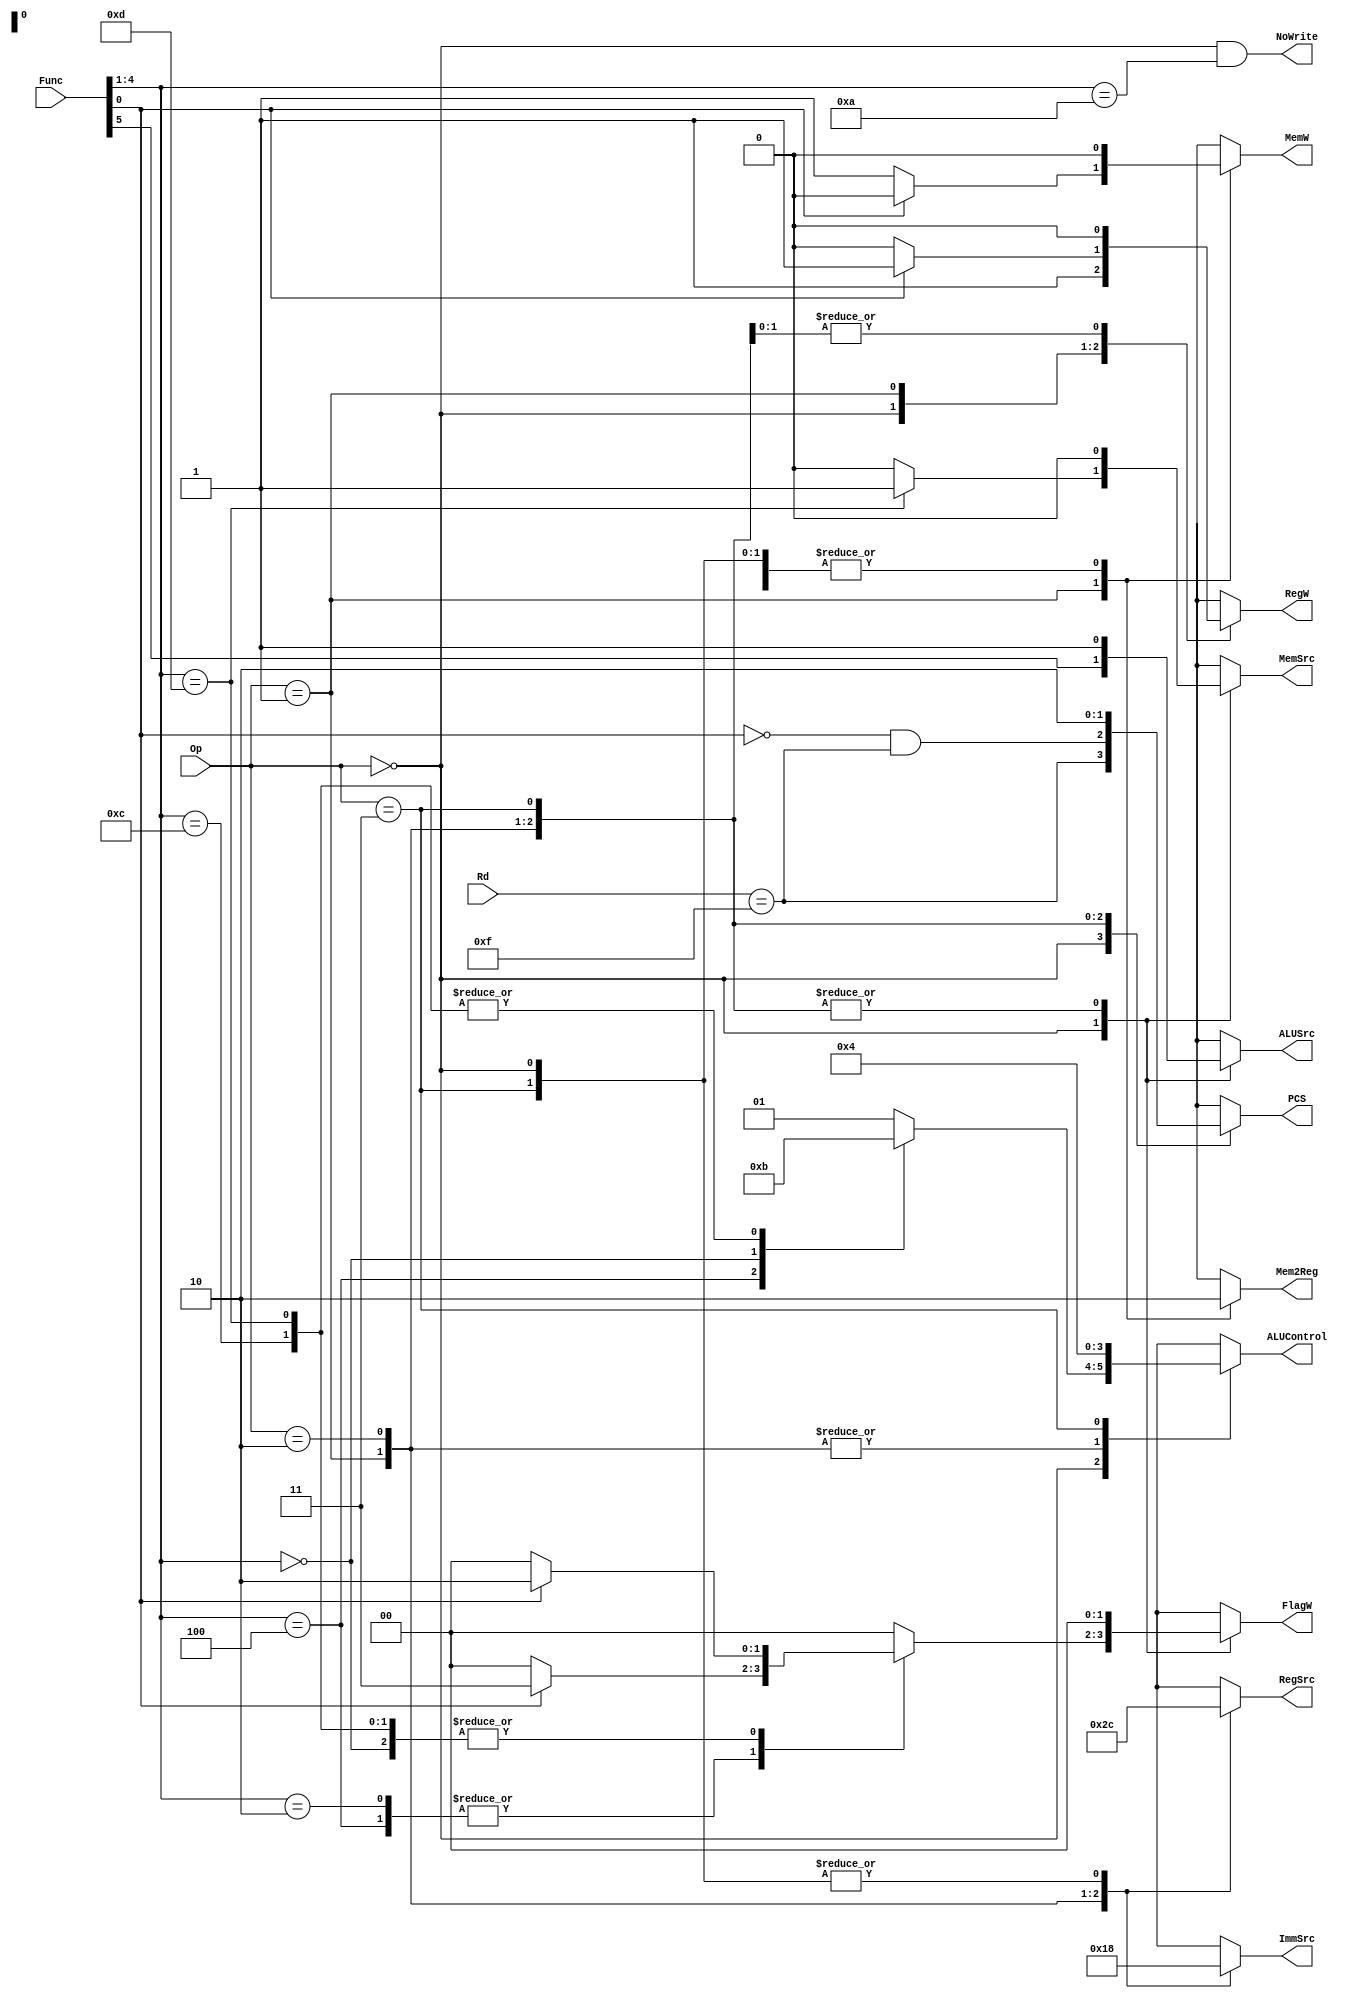
module SingleCycleDecoder (
	input 	wire [3:0] 	Rd,
	input 	wire [1:0] 	Op,
	input 	wire [5:0] 	Func,
	output 	wire 			NoWrite,
	output 	reg  			PCS,
	output 	reg  			RegW,
	output 	reg  			MemW,
	output 	reg  			Mem2Reg,
	output 	reg 			MemSrc,
	output 	reg  			ALUSrc,
	output 	reg  [1:0]	ImmSrc,
	output 	reg  [1:0]	RegSrc,
	output 	reg  [1:0]	ALUControl,
	output 	reg  [1:0]	FlagW
	
);

	assign NoWrite = (Op == 2'b00) & (Func[4:1] == 4'b1010);

	always @*
	case(Op)
		2'b00:	// DP
			begin
				PCS			= (Rd == 4'b1111);
				RegW			= 1;
				MemW			= 0;
				Mem2Reg		= 0;
				ALUSrc		= Func[5];
				ImmSrc		= 0;
				RegSrc		= 0;
				
				case(Func[4:1])
					4'b0100: // ADD
						begin
							ALUControl = 2'b00;
							MemSrc 	  = 0;
							FlagW		  = (Func[0]) ? 2'b11 : 2'b00;
						end
					4'b0010: // SUB
						begin
							ALUControl = 2'b01;
							MemSrc 	  = 0;
							FlagW		  = (Func[0]) ? 2'b11 : 2'b00;
						end
					4'b0000: // AND
						begin
							ALUControl = 2'b10;
							MemSrc 	  = 0;
							FlagW		  = (Func[0]) ? 2'b10 : 2'b00;
						end
					4'b1100: // ORR
						begin
							ALUControl = 2'b11;
							MemSrc 	  = 0;
							FlagW		  = (Func[0]) ? 2'b10 : 2'b00;
						end
					4'b1010: // CMP
						begin
							ALUControl = 2'b01;
							MemSrc 	  = 0;
							FlagW		  = 2'b00;
						end
					4'b1101: // MOV -> LSR LSL
						begin
							ALUControl = 2'b11;
							MemSrc 	  = 1;
							FlagW		  = (Func[0]) ? 2'b10 : 2'b00;
						end
						
					default: 
						begin
							ALUControl = 2'b01;
							MemSrc 	  = 0;
							FlagW		  = 2'b00;
						end
				endcase
			end
		2'b01:	// STR / LDR
			begin
				RegW			= (Func[0]) ? 1'b1 : 1'b0;
				PCS			= (!Func[0]) & (Rd == 4'b1111);
				MemW			= (Func[0]) ? 1'b0 : 1'b1;
				Mem2Reg		= 1;
				ALUSrc		= 1;
				MemSrc 	   = 0;
				ImmSrc		= 2'b01;
				RegSrc		= 2'b10;
				ALUControl 	= 2'b01;
				FlagW		  	= 2'b00;	
			end
		2'b10: 	// Branch
			begin
				PCS			= 1;
				RegW			= 0;
				MemW			= 0;
				Mem2Reg		= 0;
				MemSrc 	   = 0;
				ALUSrc		= 1;
				ImmSrc		= 2'b10;
				RegSrc		= 2'b11;
				ALUControl 	= 2'b01;
				FlagW		  	= 2'b00;	
			end
		2'b11:
			begin
				PCS			= 0;
				RegW			= 0;
				MemW			= 0;
				MemSrc 	   = 0;
				Mem2Reg		= 0;
				ALUSrc		= 1;
				ImmSrc		= 2'b00;
				RegSrc		= 2'b00;
				ALUControl 	= 2'b00;
				FlagW		  	= 2'b00;	
			end
		
	endcase

endmodule